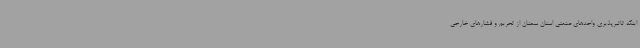
اینکه تاثیرپذیری واحدهای صنعتی استان سمنان از تحریم و فشارهای خارجی